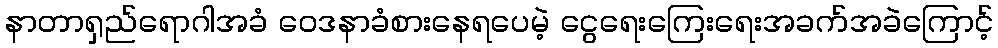
နာတာရှည်ရောဂါအခံ ဝေဒနာခံစားနေရပေမဲ့ ငွေရေးကြေးရေးအခက်အခဲကြောင့်